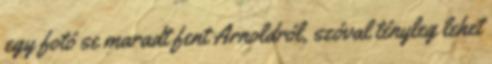
egy fotó se maradt fent Arnoldról, szóval tényleg lehet